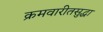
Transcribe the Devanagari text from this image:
क्रमवारीतसुद्धा